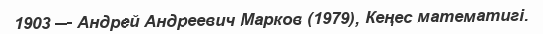
1903 — Андрей Андреевич Марков (1979), Кеңес математигі.